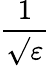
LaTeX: \frac{1}{\surd\varepsilon}